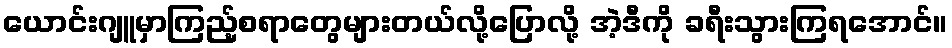
ယောင်းဂျူမှာကြည့်စရာတွေများတယ်လို့ပြောလို့ အဲ့ဒီကို ခရီးသွားကြရအောင်။